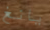
يانغ